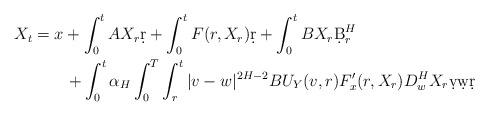
LaTeX: \begin{align*}X_t&=x+ \int_0^t AX_r\d r +\int_0^t F(r,X_r)\d r + \int_0^t BX_r\d B^H_r\\&\qquad+\int_0^t\alpha_H\int_0^T\int_r^t|v-w|^{2H-2}BU_Y(v,r)F'_x(r,X_r)D^H_w X_r\d v\d w\d r\end{align*}